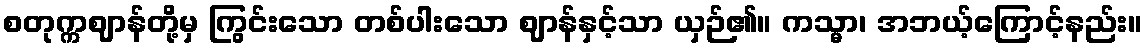
စတုက္ကဈာန်တို့မှ ကြွင်းသော တစ်ပါးသော ဈာန်နှင့်သာ ယှဉ်၏။ ကသ္မာ၊ အဘယ့်ကြောင့်နည်း။